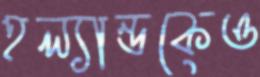
হল্যান্ডকেও